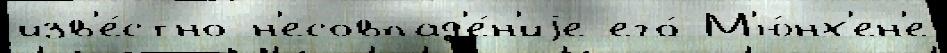
изв'е́стно н'есовпад'е́н'иjе его́ М'ю́нх'ен'е